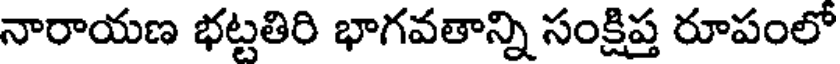
నారాయణ భట్టతిరి భాగవతాన్ని సంక్షిప్త రూపంలో